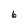
Character: 6